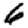
Digit: 6